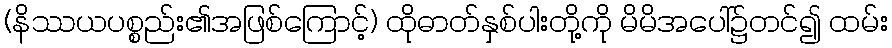
(နိဿယပစ္စည်း၏အဖြစ်ကြောင့်) ထိုဓာတ်နှစ်ပါးတို့ကို မိမိအပေါ်၌တင်၍ ထမ်း